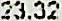
23.22